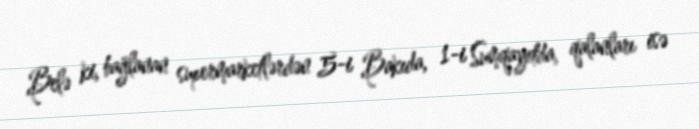
Belə ki, bağlanan supermarketlərdən 5-i Bakıda, 1-i Sumqayıtda, qalanları isə